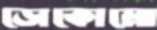
ডোকোমো